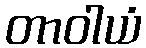
တာဝါယံ